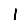
Digit: 1